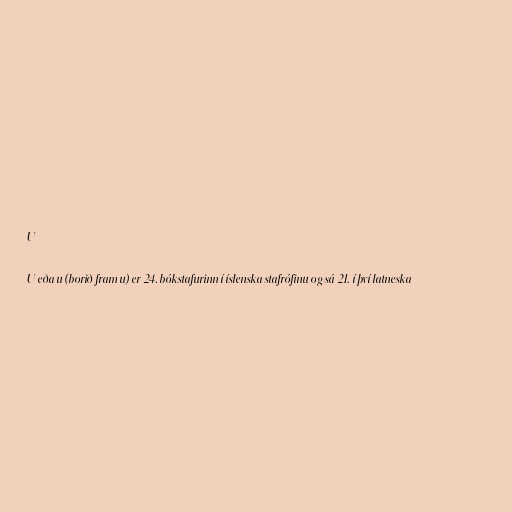
U

U eða u (borið fram u) er 24. bókstafurinn í íslenska stafrófinu og sá 21. í því latneska